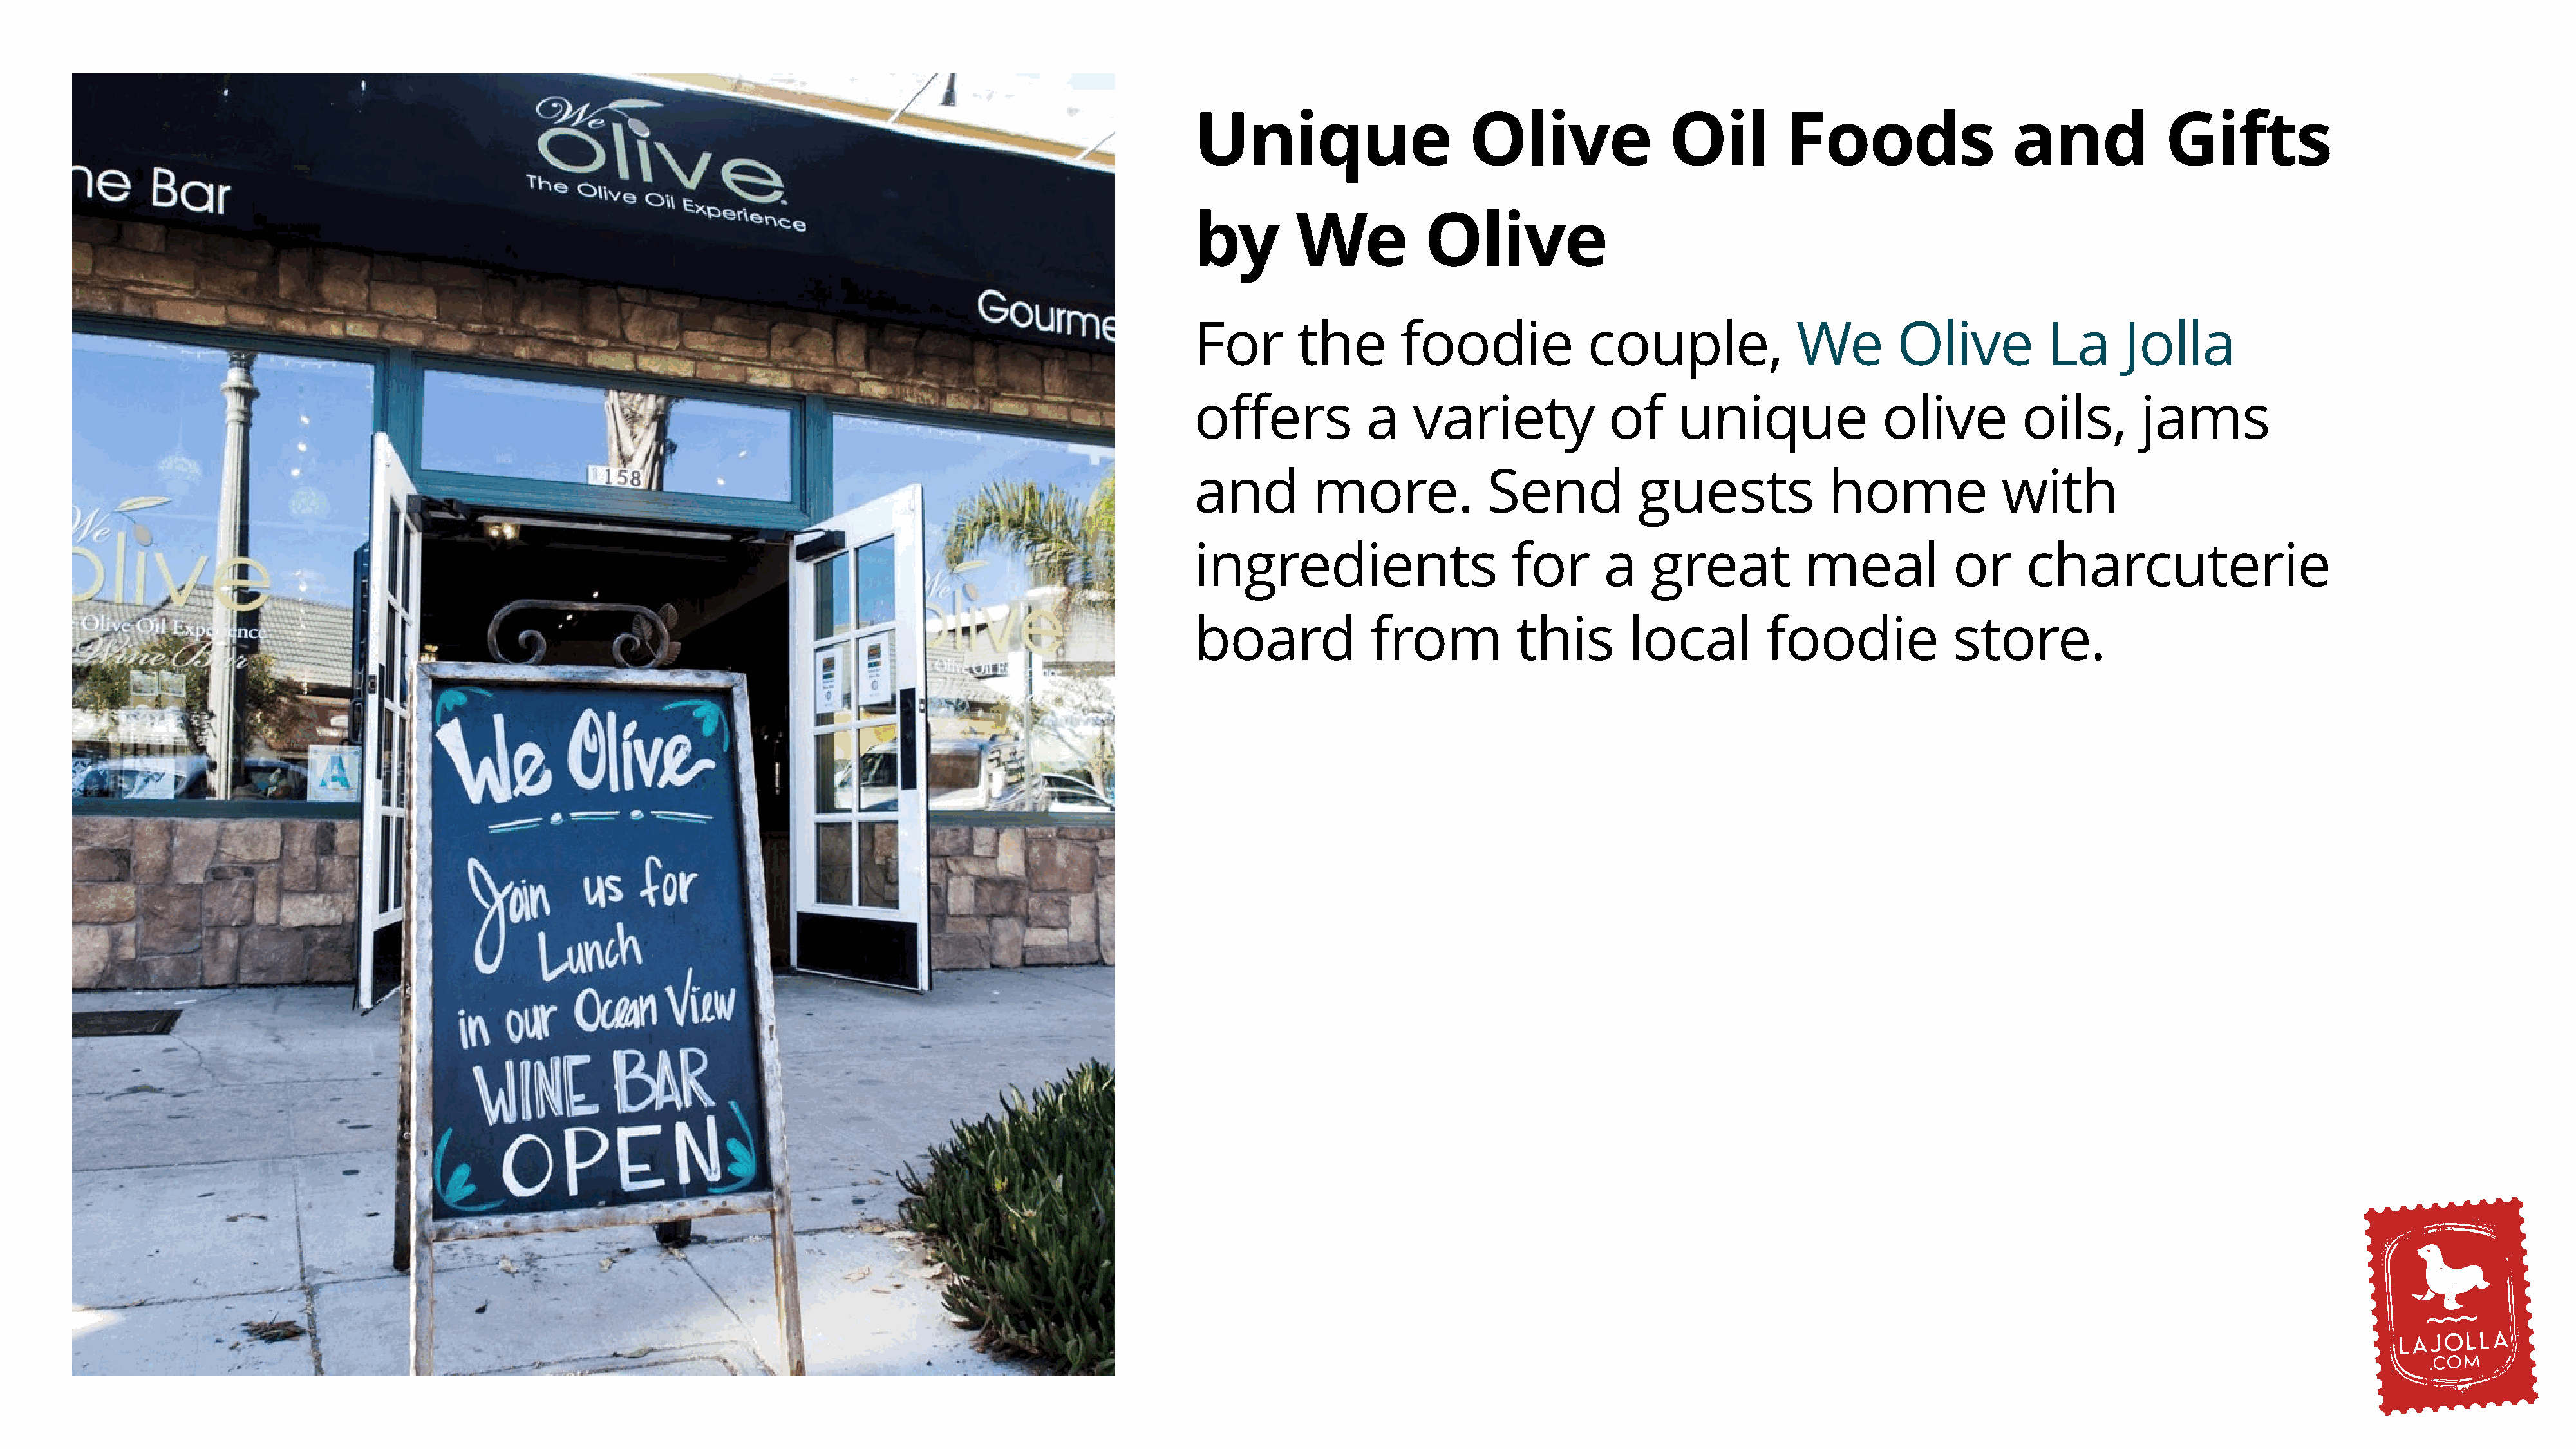
Unique                      Olive                Oil         Foods                  and             Gifts
 by        We           Olive
 For       the        foodie             couple,               We        Olive          La      Jolla
 offers           a    variety             of     unique               olive          oils,       jams
 and         more.             Send           guests              home              with
 ingredients                     for       a    great          meal            or     charcuterie
 board             from           this       local          foodie             store.